Civil Veterinary Dept. Bombay admin report 1923-31 - 1923-1931
Year: 1923
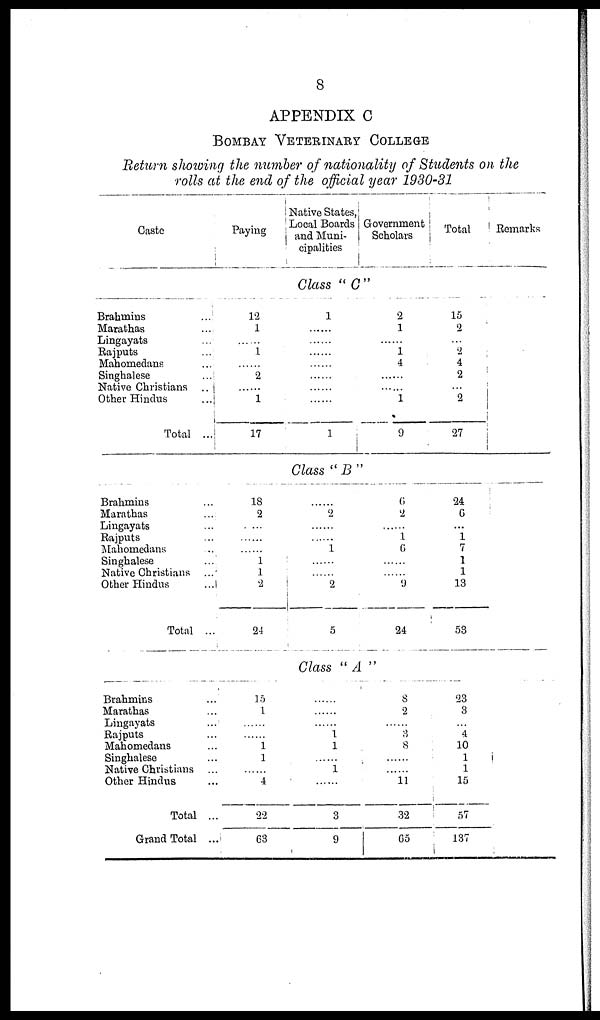
8
APPENDIX C
BOMBAY VETERINARY COLLEGE
Return showing the number of nationality of Students on the
rolls at the end of the official year 1930-31
Caste
Paying
Native States,
Local Boards
and Muni-
cipalities
Government
Scholars
Total
Remarks
Class "C"
Brahmins
...
Marathas
...
Lingayats ...
Rajputs ...
Mahomedans ...
Singhalese
...
Native Christians
Other Hindus ...
Total ...
12
1
......
1
......
2
......
1
17
1
......
......
......
......
......
......
......
1
2
1
......
1
4
......
......
1
9
15
2
......
2
4
2
...
2
27
Class "B"
Brahmins ...
Marathas
...
Lingayats ...
Rajputs ...
Mahomedans ...
Singhalese
...
Native Christians ...
Other Hindus
...
Total ...
18
2
...
...
...
1
1
2
24
......
2
......
......
1
......
2
5
6
2
......
1
6
......
......
9
24
24
6
...
1
7
1
1
13
53
Class "A"
Brahmins ...
Marathas ...
Lingayats ...
Rajputs ...
Mahomedans ...
Singhalese ...
Native Christians ...
Other Hindus ...
Total ...
Grand Total ...
15
1
......
......
1
1
......
4
22
63
......
......
......
1
1
......
1
......
3
9
8
2
......
3
8
......
......
11
32
65
23
3
...
4
10
1
1
15
57
137